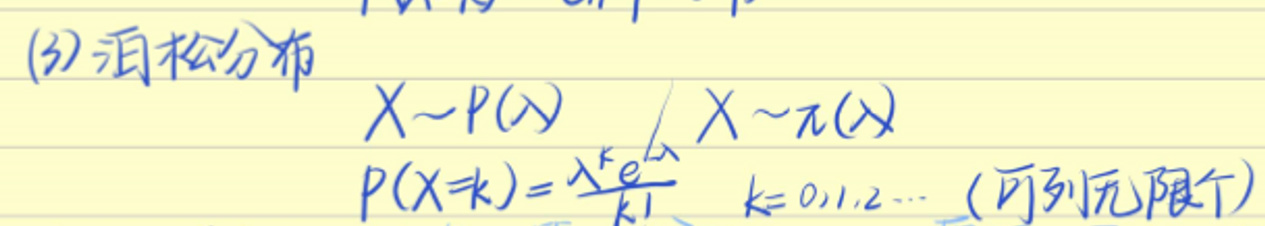
(3)泊松分布

\(X\sim P(\lambda)\) \(X\sim \pi(\lambda)\)

\(P(X = k)=\frac{\lambda^{k}e^{-\lambda}}{k!}\quad k = 0,1,2,\cdots\)（可列无穷个）